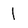
Character: I